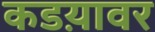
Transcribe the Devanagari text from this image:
कडय़ावर